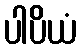
ပါပိယံ